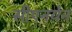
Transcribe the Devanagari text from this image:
सीएनयेन